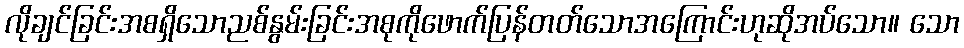
လိုချင်ခြင်းအစရှိသောညစ်နွမ်းခြင်းအစုကိုဖောက်ပြန်တတ်သောအကြောင်းဟုဆိုအပ်သော။ သော